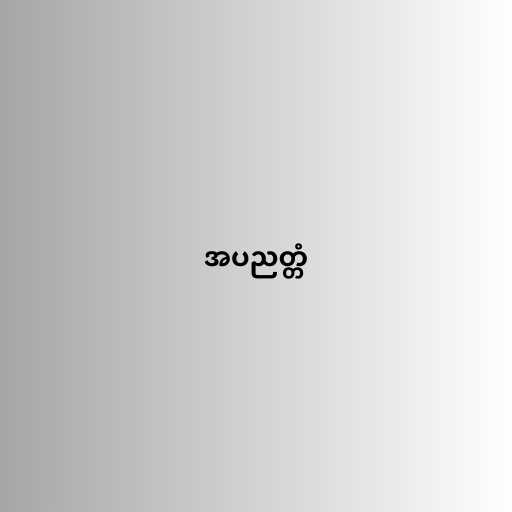
အပညတ္တံ